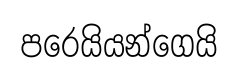
පරෙයියන්ගෙයි